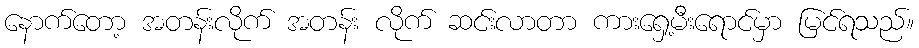
နောက်တော့ အတန်းလိုက် အတန်း လိုက် ဆင်းလာတာ ကားရှေ့မီးရောင်မှာ မြင်ရသည်။